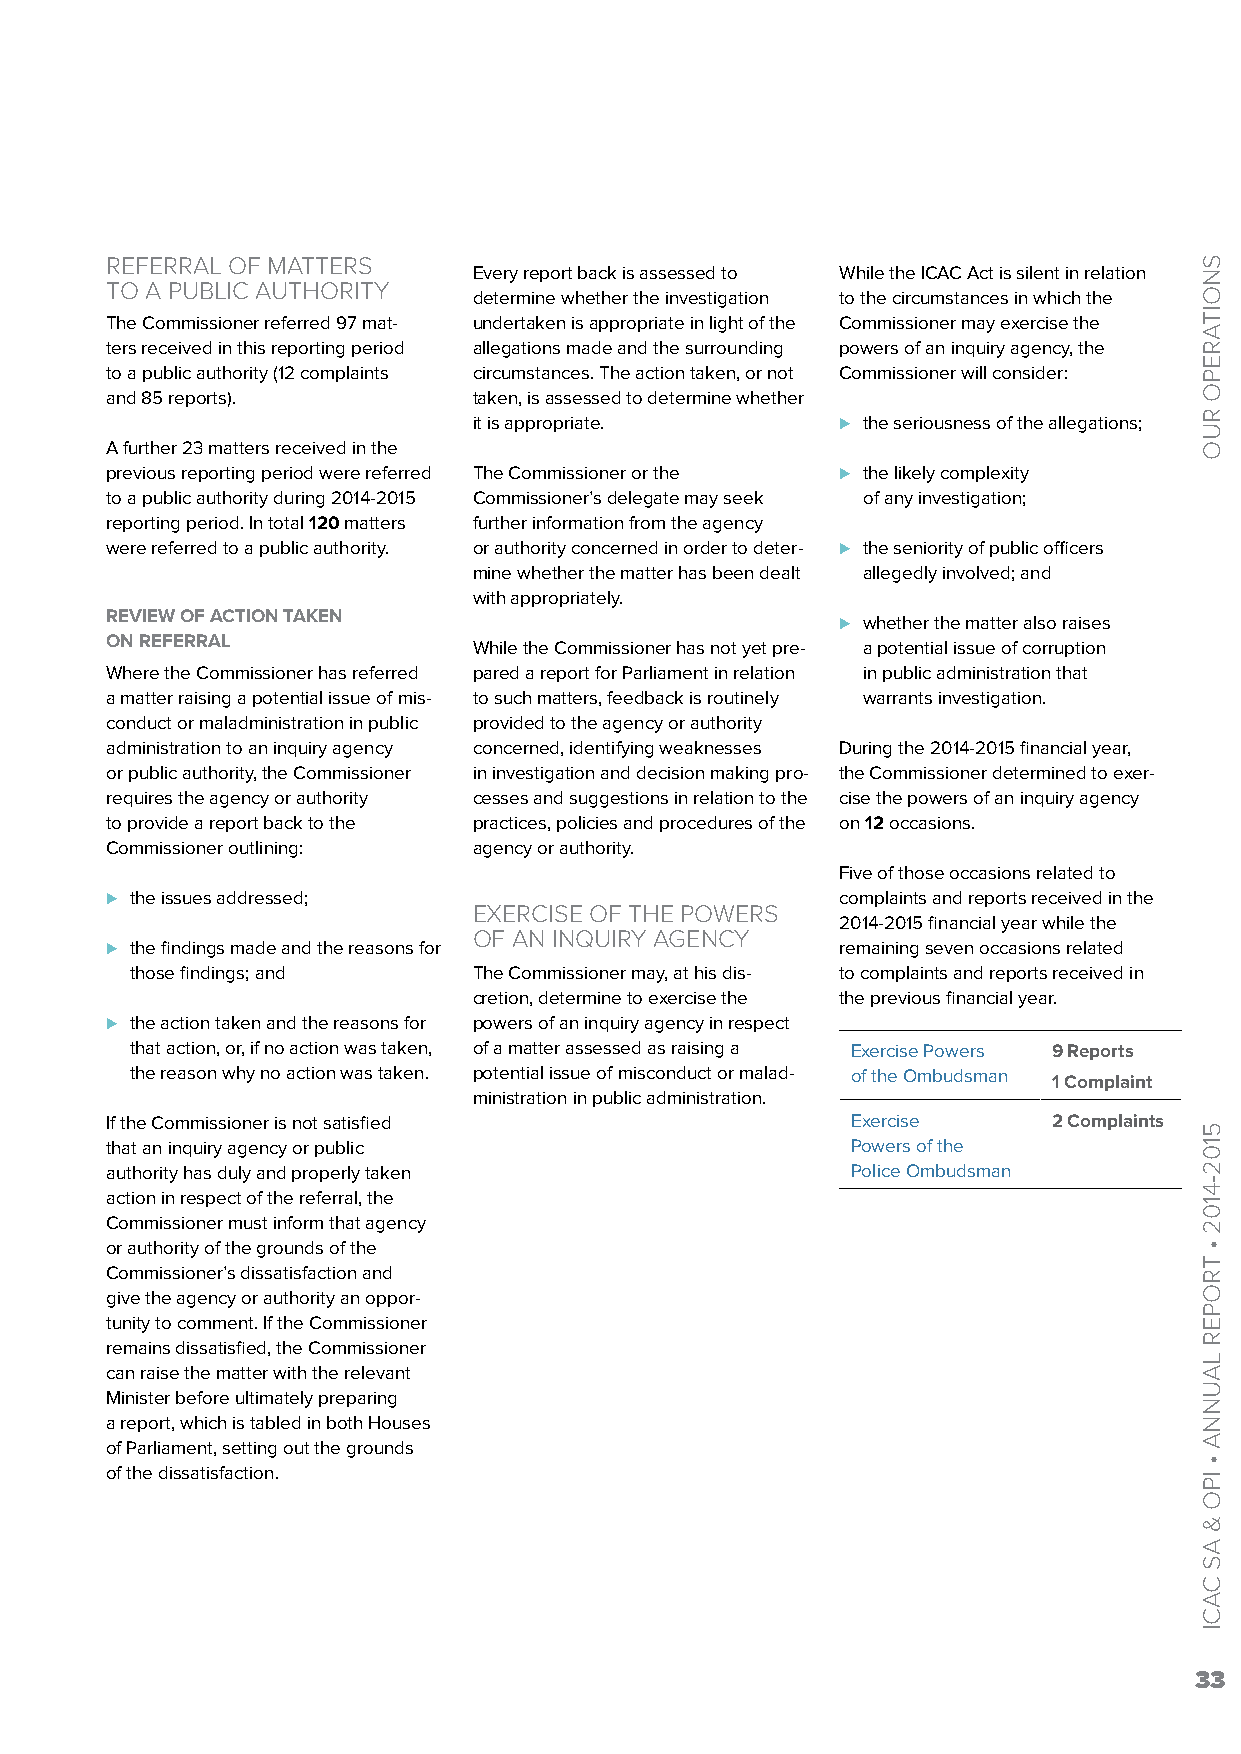
REFERRAL OF MATTERS
 Every report back is assessed to While the ICAC Act is silent in relation
 TO A PUBLIC AUTHORITY
 determine whether the investigation to the circumstances in which the
 The Commissioner referred 97 mat- undertaken is appropriate in light of the Commissioner may exercise the
 ters received in this reporting period allegations made and the surrounding powers of an inquiry agency, the
 to a public authority (12 complaints circumstances. The action taken, or not Commissioner will consider:
 and 85 reports).        taken, is assessed to determine whether
 it is appropriate.       ⊲ the seriousness of the allegations;
 A further 23 matters received in the
 previous reporting period were referred The Commissioner or the ⊲ the likely complexity
 to a public authority during 2014-2015 Commissioner’s delegate may seek of any investigation;
 reporting period. In total 120 matters further information from the agency
 were referred to a public authority. or authority concerned in order to deter- ⊲ the seniority of public officers
 mine whether the matter has been dealt allegedly involved; and
 with appropriately.
 REVIEW OF ACTION TAKEN
 ⊲ whether the matter also raises
 ON REFERRAL
 While the Commissioner has not yet pre- a potential issue of corruption
 Where the Commissioner has referred pared a report for Parliament in relation in public administration that
 a matter raising a potential issue of mis- to such matters, feedback is routinely warrants investigation.
 conduct or maladministration in public provided to the agency or authority
 administration to an inquiry agency concerned, identifying weaknesses During the 2014-2015 financial year,
 or public authority, the Commissioner in investigation and decision making pro- the Commissioner determined to exer-
 requires the agency or authority cesses and suggestions in relation to the cise the powers of an inquiry agency
 to provide a report back to the practices, policies and procedures of the on 12 occasions.
 Commissioner outlining: agency or authority.
 Five of those occasions related to
 ⊲ the issues addressed;                          complaints and reports received in the
 EXERCISE OF THE POWERS
 2014-2015 financial year while the
 OF AN INQUIRY AGENCY
 ⊲ the findings made and the reasons for          remaining seven occasions related
 those findings; and   The Commissioner may, at his dis- to complaints and reports received in
 cretion, determine to exercise the the previous financial year.
 ⊲ the action taken and the reasons for powers of an inquiry agency in respect
 that action, or, if no action was taken, of a matter assessed as raising a Exercise Powers 9 Reports
 the reason why no action was taken. potential issue of misconduct or malad- of the Ombudsman
 1 Complaint
 ministration in public administration.
 If the Commissioner is not satisfied             Exercise      2 Complaints
 that an inquiry agency or public                 Powers of the
 authority has duly and properly taken            Police Ombudsman
 action in respect of the referral, the
 Commissioner must inform that agency
 or authority of the grounds of the
 Commissioner’s dissatisfaction and
 give the agency or authority an oppor-
 tunity to comment. If the Commissioner
 remains dissatisfied, the Commissioner
 can raise the matter with the relevant
 Minister before ultimately preparing
 a report, which is tabled in both Houses
 of Parliament, setting out the grounds
 of the dissatisfaction.
 33
 SNOITAREPO
 RUO
 5102-4102
 •
 TROPER
 LAUNNA
 •
 IPO
 &
 AS
 CACI